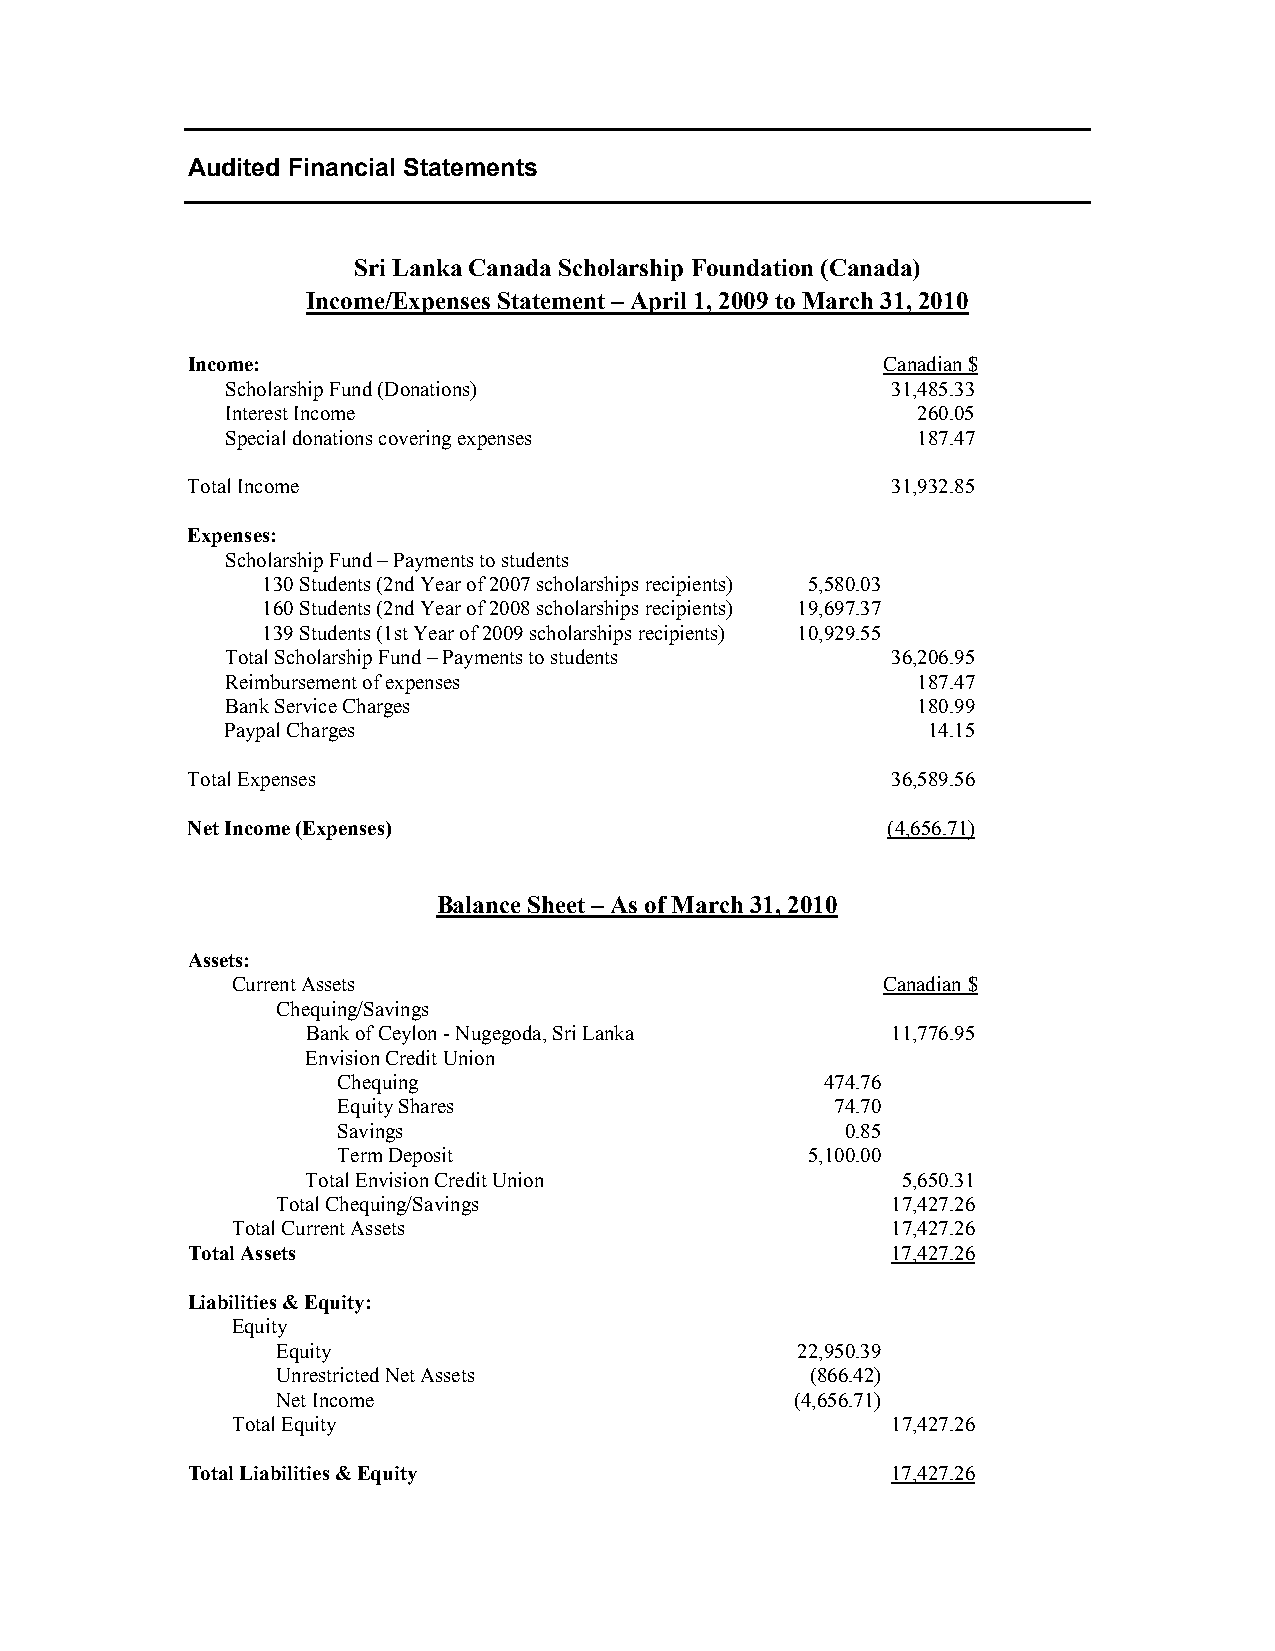
Audited Financial Statements
 Sri Lanka Canada Scholarship Foundation (Canada)
 Income/Expenses Statement – April 1, 2009 to March 31, 2010
 Income:                                       Canadian $
 Scholarship Fund (Donations)                31,485.33
 Interest Income                               260.05
 Special donations covering expenses           187.47
 Total Income                                   31,932.85
 Expenses:
 Scholarship Fund – Payments to students
 130 Students (2nd Year of 2007 scholarships recipients) 5,580.03
 160 Students (2nd Year of 2008 scholarships recipients) 19,697.37
 139 Students (1st Year of 2009 scholarships recipients) 10,929.55
 Total Scholarship Fund – Payments to students 36,206.95
 Reimbursement of expenses                     187.47
 Bank Service Charges                          180.99
 Paypal Charges                                14.15
 Total Expenses                                 36,589.56
 Net Income (Expenses)                          (4,656.71)
 Balance Sheet – As of March 31, 2010
 Assets:
 Current Assets                             Canadian $
 Chequing/Savings
 Bank of Ceylon - Nugegoda, Sri Lanka   11,776.95
 Envision Credit Union
 Chequing                         474.76
 Equity Shares                    74.70
 Savings                           0.85
 Term Deposit                   5,100.00
 Total Envision Credit Union             5,650.31
 Total Chequing/Savings                   17,427.26
 Total Current Assets                        17,427.26
 Total Assets                                   17,427.26
 Liabilities & Equity:
 Equity
 Equity                             22,950.39
 Unrestricted Net Assets             (866.42)
 Net Income                         (4,656.71)
 Total Equity                                17,427.26
 Total Liabilities & Equity                     17,427.26